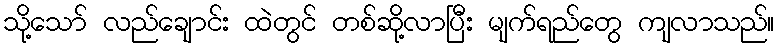
သို့သော် လည်ချောင်း ထဲတွင် တစ်ဆို့လာပြီး မျက်ရည်တွေ ကျလာသည်။